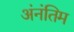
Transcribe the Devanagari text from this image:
अंनंतिम